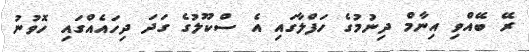
ރޭ ބޭއްވި އިނާމް ދިނުމުގެ ހަފްލާގައި އެ ސްކޫލުގެ ގަދަ ދިހައެއްގައި ހޮވުނު